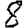
Digit: 8